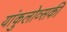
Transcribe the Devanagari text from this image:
यांकुलोव्सकी